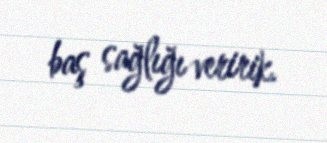
baş sağlığı veririk.